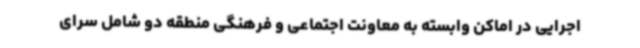
اجرایی در اماکن وابسته به معاونت اجتماعی و فرهنگی منطقه دو شامل سرای